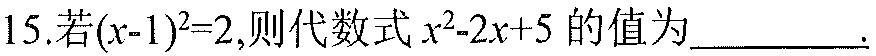
15.若\((x - 1)^{2}=2\)，则代数式\(x^{2}-2x + 5\)的值为\(\underline{\quad\quad}\).